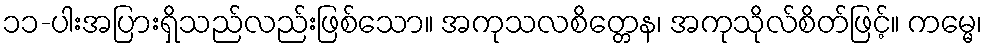
၁၁-ပါးအပြားရှိသည်လည်းဖြစ်သော။ အကုသလစိတ္တေန၊ အကုသိုလ်စိတ်ဖြင့်။ ကမ္မေ၊